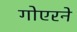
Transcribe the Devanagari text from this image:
गोएरने